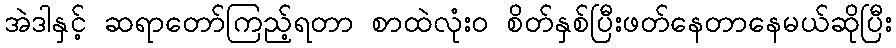
အဲဒါနှင့် ဆရာတော်ကြည့်ရတာ စာထဲလုံး၀ စိတ်နှစ်ပြီးဖတ်နေတာနေမယ်ဆိုပြီး